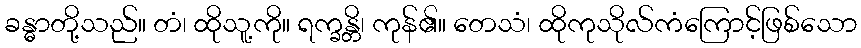
ခန္ဓာတို့သည်။ တံ၊ ထိုသူ့ကို။ ရက္ခန္တိ၊ ကုန်၏။ တေသံ၊ ထိုကုသိုလ်ကံကြောင့်ဖြစ်သော